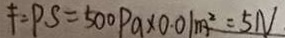
F = P S = 5 0 0 P a \times 0 . 0 1 m ^ { 2 } = 5 N